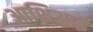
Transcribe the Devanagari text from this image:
आशिआई